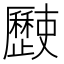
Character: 𣦰